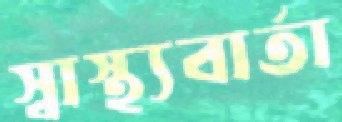
স্বাস্থ্যবার্তা